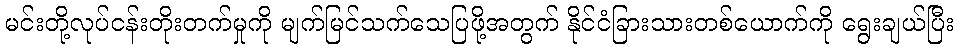
မင်းတို့လုပ်ငန်းတိုးတက်မှုကို မျက်မြင်သက်သေပြဖို့အတွက် နိုင်ငံခြားသားတစ်ယောက်ကို ရွေးချယ်ပြီး